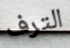
الترف